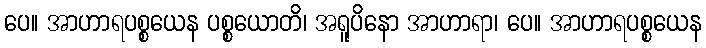
ပေ။ အာဟာရပစ္စယေန ပစ္စယောတိ၊ အရူပိနော အာဟာရာ၊ ပေ။ အာဟာရပစ္စယေန